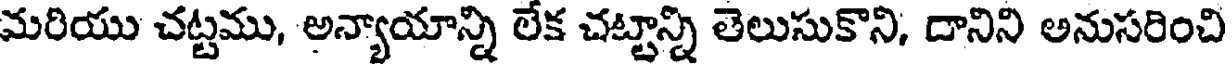
మరియు చట్టము, అన్యాయాన్ని లేక చట్టాన్ని తెలుసుకొని, దానిని అనుసరించి